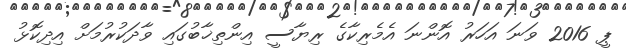
ޕީ 2016 ވަނަ އަހަރު އޮންނަ އެމެރިކާގެ ރިޔާސީ އިންތިޚާބުގައި ވާދަކުރުމަށް އިދިކޮޅު